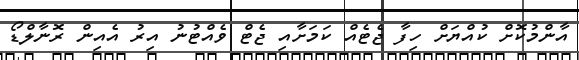
އާންމުކޮށް ކުއްޔަށް ހިފާ ޖެޓެއް ކަމަށާއި ޖެޓް ވެއްޓުނު އިރު އެއިން ރޮނާލްޑޯ